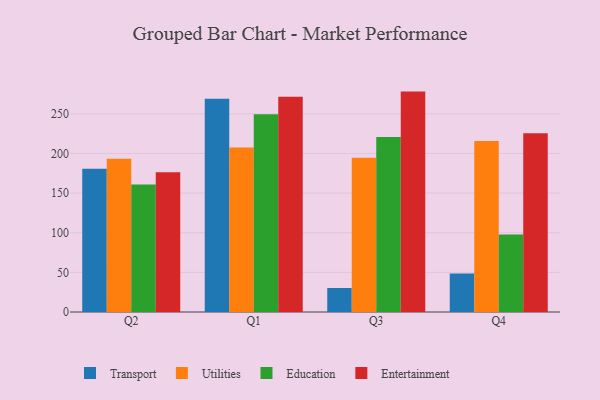
{"axis": {"x": "Quarter", "y": "Market Share (%)"}, "legend": ["Education", "Entertainment", "Transport", "Utilities"], "data": [{"x": "Q2", "y": 180.8, "type": "Transport"}, {"x": "Q2", "y": 193.2, "type": "Utilities"}, {"x": "Q2", "y": 160.7, "type": "Education"}, {"x": "Q2", "y": 176.4, "type": "Entertainment"}, {"x": "Q1", "y": 269.0, "type": "Transport"}, {"x": "Q1", "y": 207.5, "type": "Utilities"}, {"x": "Q1", "y": 249.3, "type": "Education"}, {"x": "Q1", "y": 271.6, "type": "Entertainment"}, {"x": "Q3", "y": 30.3, "type": "Transport"}, {"x": "Q3", "y": 194.6, "type": "Utilities"}, {"x": "Q3", "y": 220.8, "type": "Education"}, {"x": "Q3", "y": 278.0, "type": "Entertainment"}, {"x": "Q4", "y": 48.7, "type": "Transport"}, {"x": "Q4", "y": 215.8, "type": "Utilities"}, {"x": "Q4", "y": 97.7, "type": "Education"}, {"x": "Q4", "y": 225.5, "type": "Entertainment"}]}